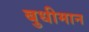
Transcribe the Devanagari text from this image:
बुधीमान